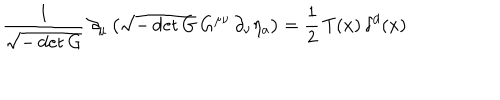
\frac { 1 } { \sqrt { - \det G } } \, \partial _ { \mu } \left( \sqrt { - \det G } \, G ^ { \mu \nu } \, \partial _ { \nu } \eta _ { a } \right) = \frac { 1 } { 2 } \, T ( x ) \, \delta ^ { d } ( x )